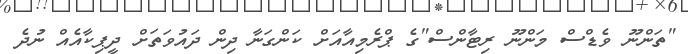
"ތަންނޫ ވެޑްސް މަންނޫ ރިޓާންސް"ގެ ޕްރެމިއާއަށް ކަންގަނާ ދިން ދައުވަތަށް ދީޕިކާއެއް ނުދެ